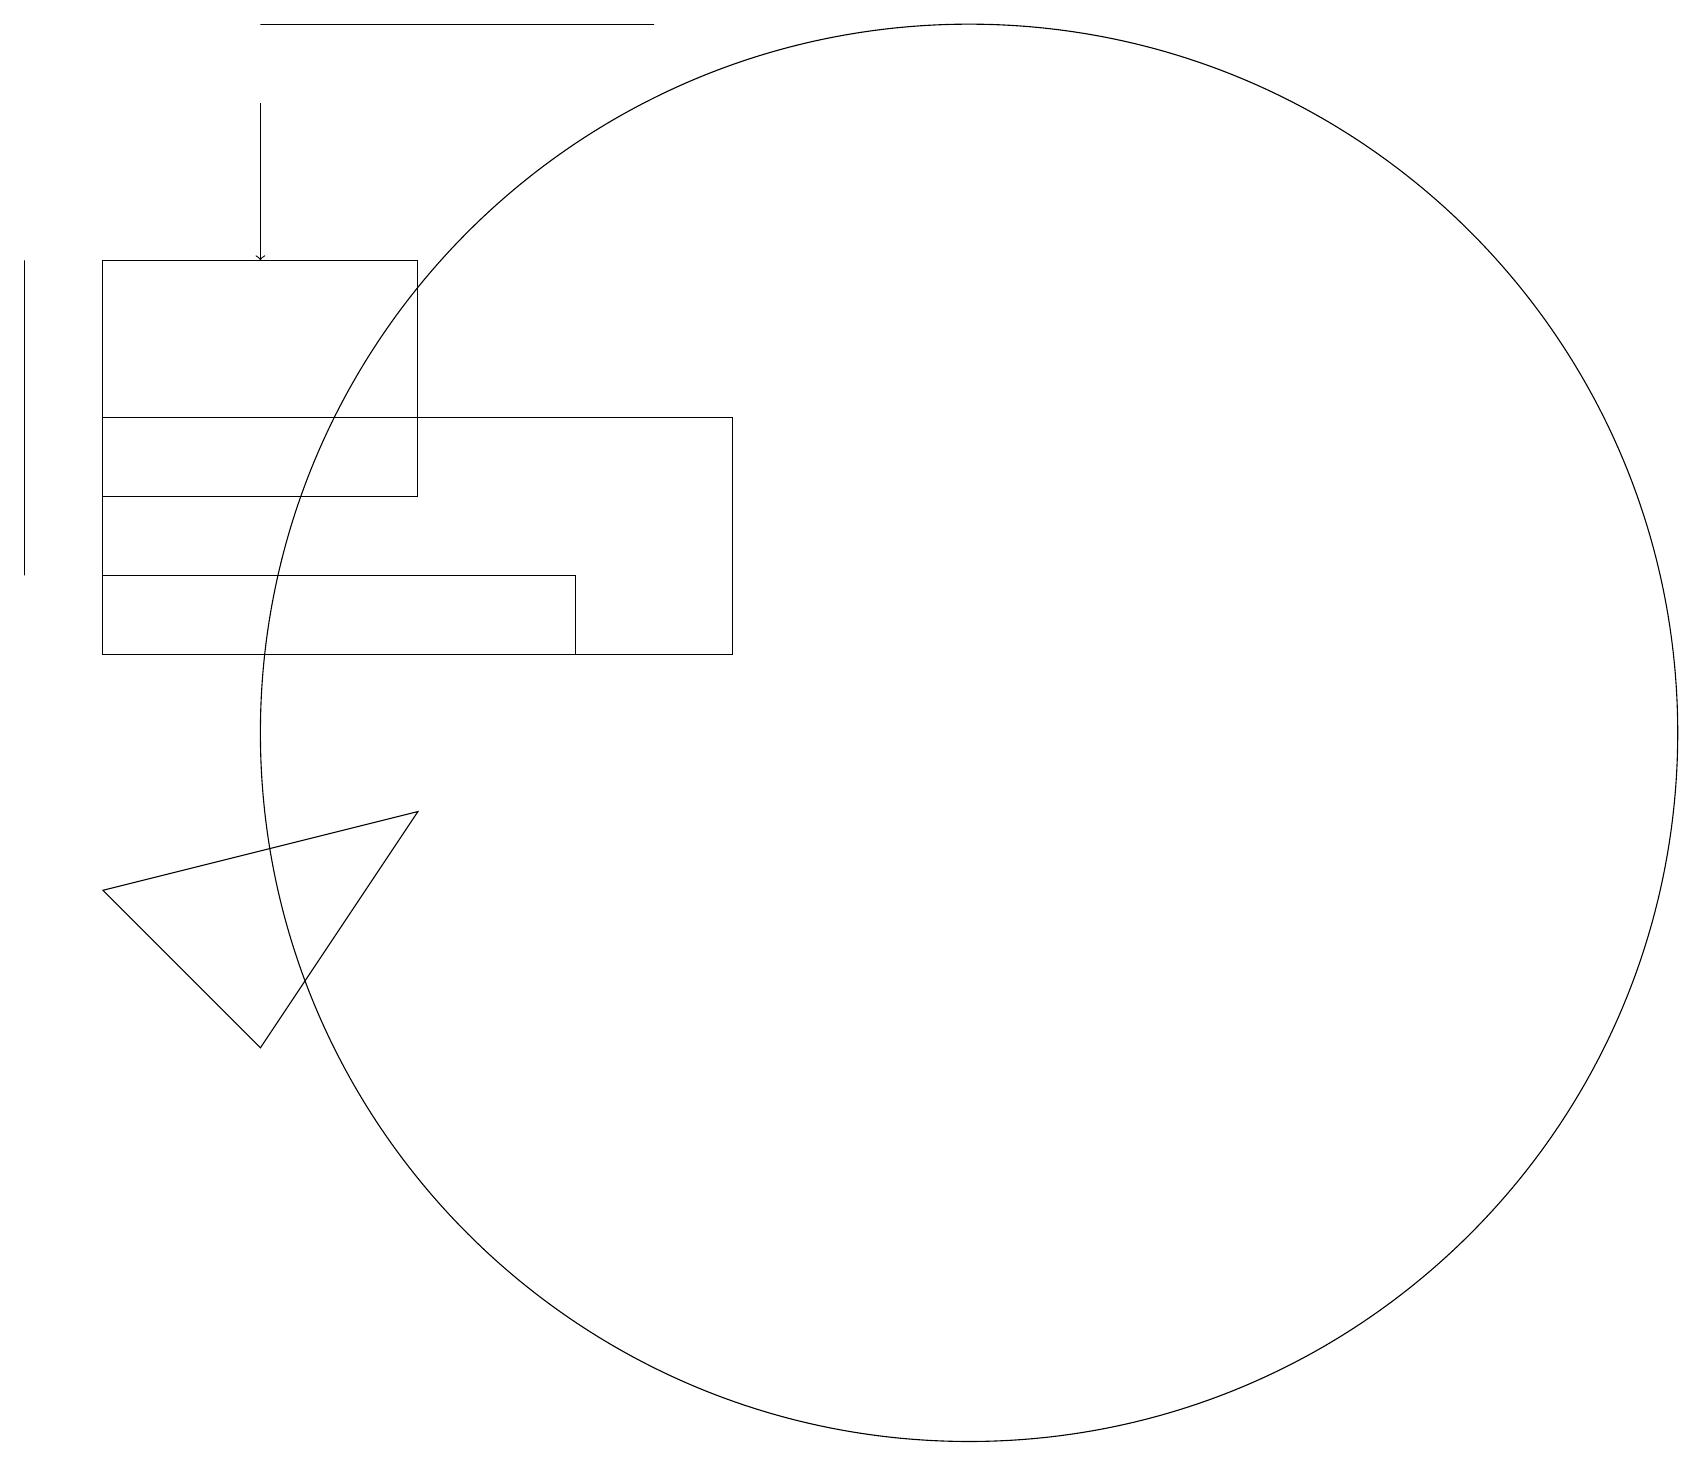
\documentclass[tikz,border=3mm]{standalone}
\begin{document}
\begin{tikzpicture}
\draw (8,19) rectangle (3,19);
\draw (12,10) circle (9);
\draw (3,6) -- (5,9) -- (1,8) -- cycle;
\draw (1,11) rectangle (7,12);
\draw (9,14) rectangle (1,11);
\draw (0,12) rectangle (0,16);
\draw[->] (3,18) -- (3,16);
\draw (1,13) rectangle (5,16);
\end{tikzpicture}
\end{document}